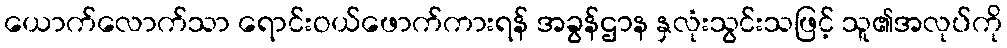
ယောက်လောက်သာ ရောင်းဝယ်ဖောက်ကားရန် အခွန်ဌာန နှလုံးသွင်းသဖြင့် သူ၏အလုပ်ကို